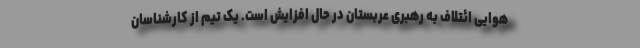
هوایی ائتلاف به رهبری عربستان در حال افزایش است. یک تیم از کارشناسان